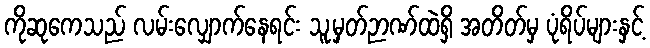
ကိုဆုကေသည် လမ်းလျှောက်နေရင်း သူ့မှတ်ဉာဏ်ထဲရှိ အတိတ်မှ ပုံရိပ်များနှင့်